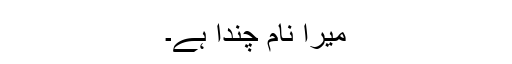
میرا نام چندا ہے۔